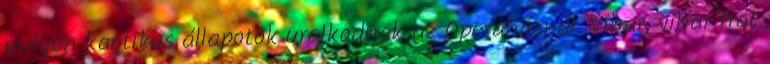
milyen kaotikus állapotok uralkodnak az Operaháznál. Vihar, vihar Hát